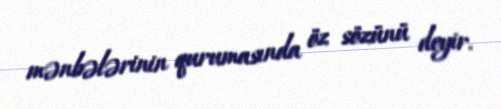
mənbələrinin qurumasında öz sözünü deyir.